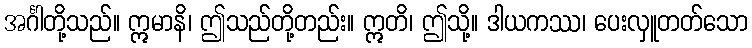
အင်္ဂါတို့သည်။ ဣမာနိ၊ ဤသည်တို့တည်း။ ဣတိ၊ ဤသို့။ ဒါယကဿ၊ ပေးလှူတတ်သော